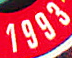
1993